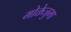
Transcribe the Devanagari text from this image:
मोक्तेजुमा